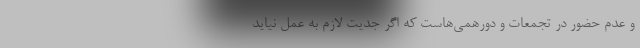
و عدم حضور در تجمعات و دورهمی‌هاست که اگر جدیت لازم به عمل نیاید